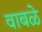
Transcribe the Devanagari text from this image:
वाबळे